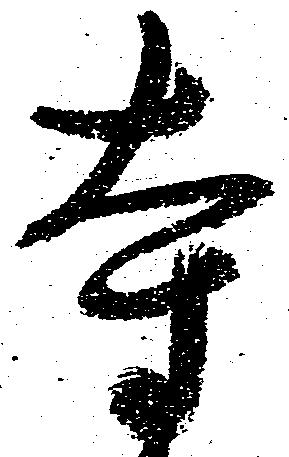
寺